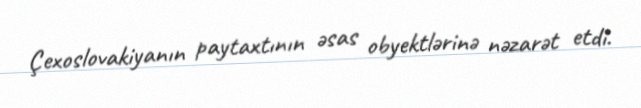
Çexoslovakiyanın paytaxtının əsas obyektlərinə nəzarət etdi.